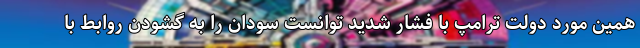
همین مورد دولت ترامپ با فشار شدید توانست سودان را به گشودن روابط با